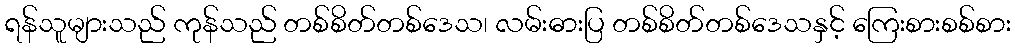
ရန်သူများသည် ကုန်သည် တစ်စိတ်တစ်ဒေသ၊ လမ်းဓားပြ တစ်စိတ်တစ်ဒေသနှင့် ကြေးစားစစ်စား